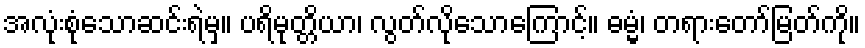
အလုံးစုံသောဆင်းရဲမှ။ ပရိမုတ္တိယာ၊ လွတ်လိုသောကြောင့်။ ဓမ္မံ၊ တရားတော်မြတ်ကို။